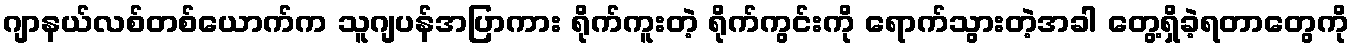
ဂျာနယ်လစ်တစ်ယောက်က သူဂျပန်အပြာကား ရိုက်ကူးတဲ့ ရိုက်ကွင်းကို ရောက်သွားတဲ့အခါ တွေ့ရှိခဲ့ရတာတွေကို